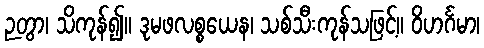
ဉတွာ၊ သိကုန်၍။ ဒုမဖလစ္စယေန၊ သစ်သီးကုန်သဖြင့်။ ဝိဟင်္ဂမာ၊